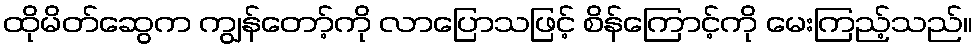
ထိုမိတ်ဆွေက ကျွန်တော့်ကို လာပြောသဖြင့် စိန်ကြောင့်ကို မေးကြည့်သည်။